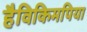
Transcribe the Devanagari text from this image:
हैविकिमपिया